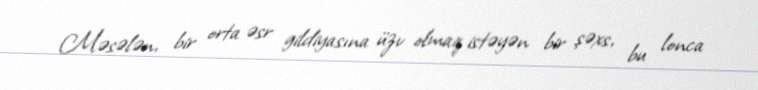
Məsələn, bir orta əsr gildiyasına üzv olmaq istəyən bir şəxs, bu lonca